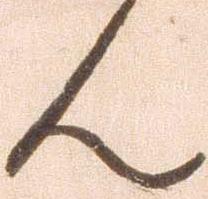
ん